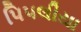
પિપલીયા